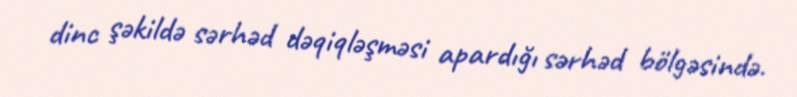
dinc şəkildə sərhəd dəqiqləşməsi apardığı sərhəd bölgəsində.